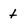
Character: t